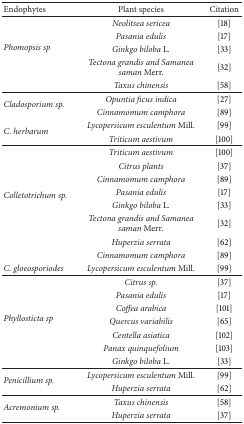
<table><thead><tr><td><b>Endophytes</b></td><td><b>Plant species</b></td><td><b>Citation</b></td></tr></thead><tbody><tr><td rowspan="5"><i>Phomopsis sp </i></td><td><i>Neolitsea sericea </i></td><td>[18]</td></tr><tr><td><i>Pasania edulis </i></td><td>[17]</td></tr><tr><td><i>Ginkgo biloba </i>L<i>. </i></td><td>[33]</td></tr><tr><td><i>Tectona grandis and Samanea saman </i>Merr.</td><td>[32]</td></tr><tr><td><i>Taxus chinensis </i></td><td>[58]</td></tr><tr><td rowspan="2"><i>Cladosporium sp. </i></td><td><i>Opuntia ficus indica </i></td><td>[27]</td></tr><tr><td><i>Cinnamomum camphora </i></td><td>[89]</td></tr><tr><td rowspan="2"><i>C. herbarum </i></td><td><i>Lycopersicum esculentum </i>Mill<i>. </i></td><td>[99]</td></tr><tr><td><i>Triticum aestivum </i></td><td>[100]</td></tr><tr><td rowspan="8"><i>Colletotrichum sp. </i></td><td><i>Triticum aestivum </i></td><td>[100]</td></tr><tr><td><i>Citrus plants </i></td><td>[37]</td></tr><tr><td><i>Cinnamomum camphora </i></td><td>[89]</td></tr><tr><td><i>Pasania edulis </i></td><td>[17]</td></tr><tr><td><i>Ginkgo biloba </i>L<i>. </i></td><td>[33]</td></tr><tr><td><i>Tectona grandis and Samanea saman </i>Merr<i>. </i></td><td>[32]</td></tr><tr><td><i>Huperzia serrata </i></td><td>[62]</td></tr><tr><td><i>Cinnamomum camphora </i></td><td>[89]</td></tr><tr><td><i>C. gloeosporiodes </i></td><td><i>Lycopersicum esculentum </i>Mill.</td><td>[99]</td></tr><tr><td rowspan="7"><i>Phyllosticta sp </i></td><td><i>Citrus sp. </i></td><td>[37]</td></tr><tr><td><i>Pasania edulis </i></td><td>[17]</td></tr><tr><td><i>Coffea arabica </i></td><td>[101]</td></tr><tr><td><i>Quercus variabilis </i></td><td>[65]</td></tr><tr><td><i>Centella asiatica </i></td><td>[102]</td></tr><tr><td><i>Panax quinquefolium </i></td><td>[103]</td></tr><tr><td><i>Ginkgo biloba </i>L.</td><td>[33]</td></tr><tr><td rowspan="2"><i>Penicillium sp. </i></td><td><i>Lycopersicum esculentum </i>Mill.</td><td>[99]</td></tr><tr><td><i>Huperzia serrata </i></td><td>[62]</td></tr><tr><td rowspan="2"><i>Acremonium sp. </i></td><td><i>Taxus chinensis </i></td><td>[58]</td></tr><tr><td><i>Huperzia serrata </i></td><td>[37]</td></tr></tbody></table>